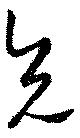
兄